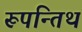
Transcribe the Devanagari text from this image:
रूपन्तिथ